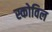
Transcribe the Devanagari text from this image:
स्कोविल